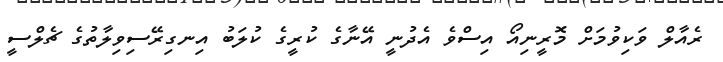
ރެއާލް ވަކިވުމަށް މޮރީނިއޯ އިސްވެ އެދުނީ އޭނާގެ ކުރީގެ ކުލަބު އިނގިރޭސިވިލާތުގެ ޗެލްސީ